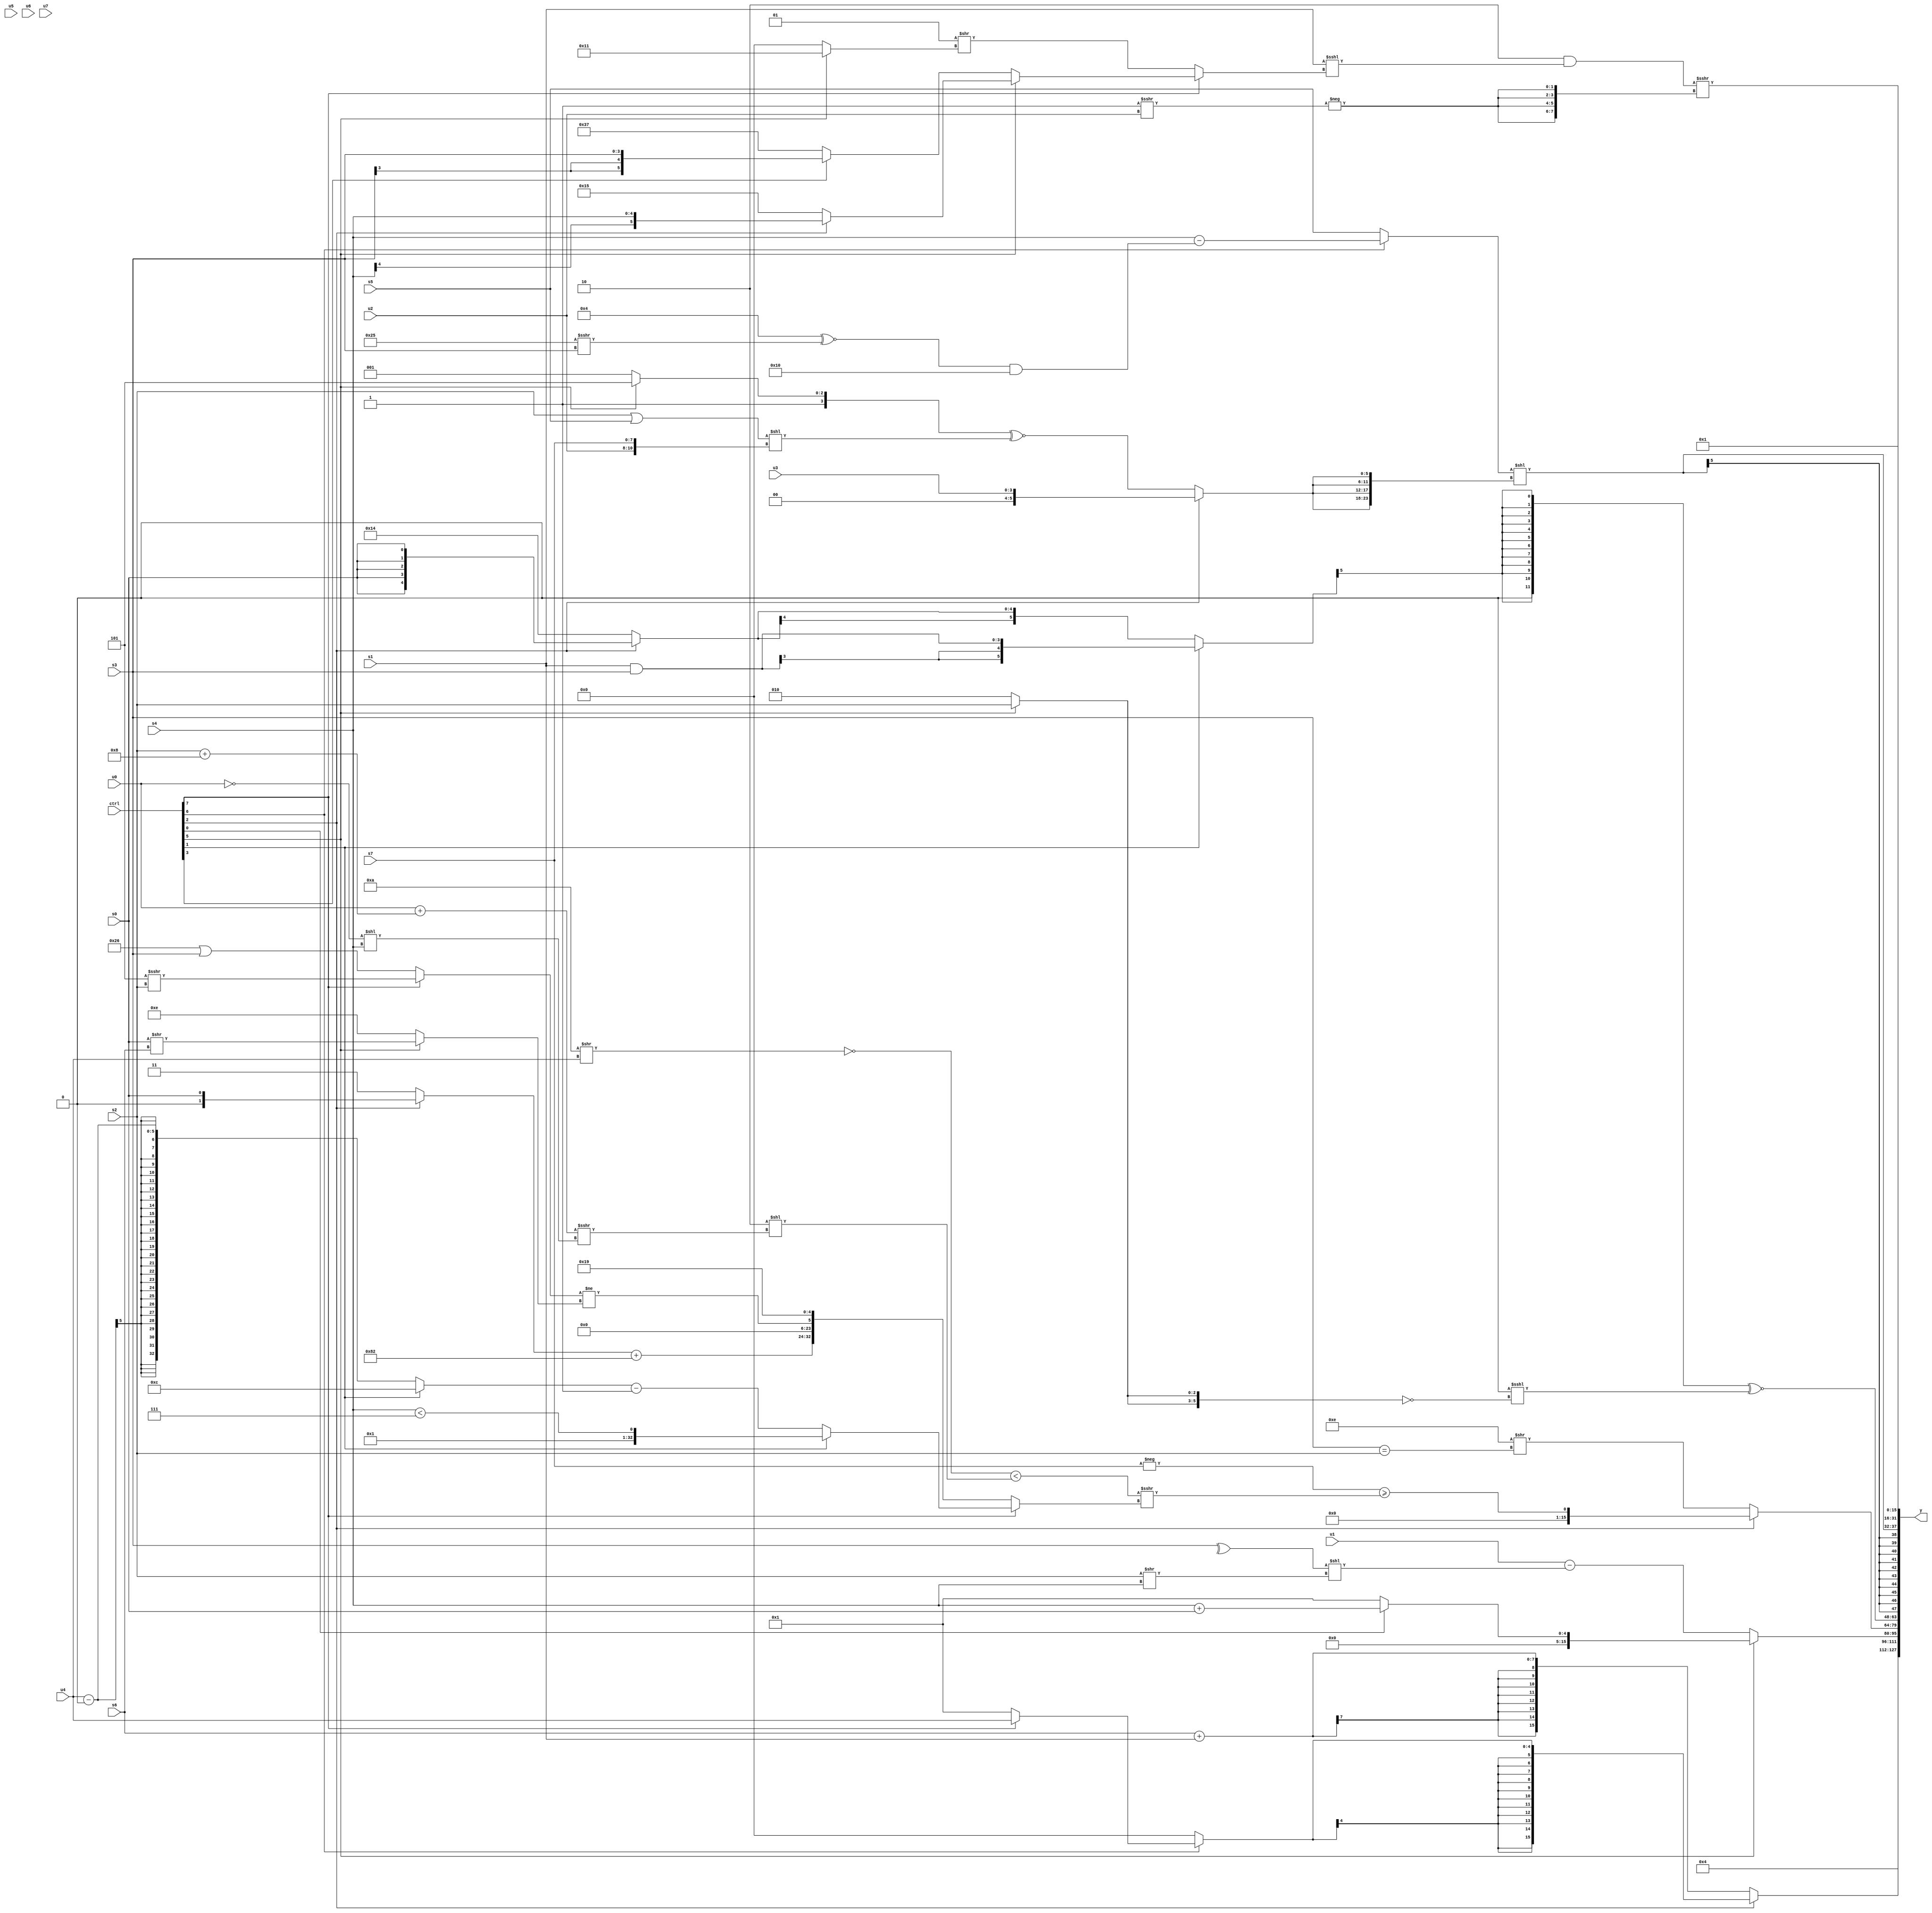
module wideexpr_00293(ctrl, u0, u1, u2, u3, u4, u5, u6, u7, s0, s1, s2, s3, s4, s5, s6, s7, y);
  input [7:0] ctrl;
  input [0:0] u0;
  input [1:0] u1;
  input [2:0] u2;
  input [3:0] u3;
  input [4:0] u4;
  input [5:0] u5;
  input [6:0] u6;
  input [7:0] u7;
  input signed [0:0] s0;
  input signed [1:0] s1;
  input signed [2:0] s2;
  input signed [3:0] s3;
  input signed [4:0] s4;
  input signed [5:0] s5;
  input signed [6:0] s6;
  input signed [7:0] s7;
  output [127:0] y;
  wire [15:0] y0;
  wire [15:0] y1;
  wire [15:0] y2;
  wire [15:0] y3;
  wire [15:0] y4;
  wire [15:0] y5;
  wire [15:0] y6;
  wire [15:0] y7;
  assign y = {y0,y1,y2,y3,y4,y5,y6,y7};
  assign y0 = 6'b000100;
  assign y1 = (ctrl[2]?$signed((ctrl[6]?(ctrl[7]?+({(ctrl[6]?u4:(2'b11)>(6'b011001))}):1'sb1):$signed(1'sb0))):(s6)+(s1));
  assign y2 = (ctrl[5]?$signed({1{$signed((ctrl[0]?(s4)+(s0):1'b1))}}):+((u1)-(((^(s3))<<((s2)>>(s4)))<<(($signed(1'sb1))<<<({3'sb010,6'sb100000})))));
  assign y3 = (ctrl[2]?(-(s7))>=((($signed((5'sb00000)==((5'sb01010)>>(+(u4)))))<((3'sb110)<<(((+(u0))+((s2)+(5'sb01000)))>>>((~|(u0))<<(s4)))))>>>((ctrl[7]?(ctrl[1]?{|(2'sb01),{1{(s4)<(3'b111)}}}:((ctrl[1]?4'b1100:(u4)-(5'b00000)))-((ctrl[1]?2'b01:$signed(3'b001)))):{((ctrl[2]?s0:2'sb11))+(-({4'sb1011,5'sb11110})),({4{(2'b01)^~(2'b10)}})&({3{(6'sb111000)^(2'sb11)}}),((ctrl[7]?(6'sb111101)>>>(s2):(6'sb100110)|(s3)))!=((ctrl[5]?(s0)>>(s6):(6'sb001101)^(3'sb011))),5'sb11001}))):($signed(-(4'sb0010)))>>($signed((s3)==(s2))));
  assign y4 = (($signed({(ctrl[1]?$signed((s1)&(s3)):(ctrl[1]?s5:(ctrl[2]?s0:5'sb10100)))}))>>({3'sb101}))^~((((ctrl[6]?$signed(+((ctrl[5]?s4:s1))):s3))<<<($signed(6'sb110100)))<<<($unsigned(~({2{(ctrl[5]?s2:(3'sb010)>>>(1'sb0))}}))));
  assign y5 = $signed(((ctrl[6]?($signed(s4))-($signed((($signed(4'sb0100))^~((6'sb100101)>>>(s3)))&(-((4'sb1000)<<(4'sb0001))))):$signed(+(s5))))<<({4{(ctrl[2]?u3:$unsigned(((ctrl[5]?(ctrl[1]?5'sb11101:3'sb101):+(4'sb1001)))^~(((s2)|(s5))<<({u2,s7}))))}}));
  assign y6 = {1{$signed($signed(3'sb001))}};
  assign y7 = ((4'sb0010)&({1{($unsigned(s1))<<<($signed((ctrl[7]?(ctrl[5]?(ctrl[2]?s4:6'sb010101):(ctrl[3]?s3:6'sb110111)):(2'sb01)>>((ctrl[5]?6'sb010001:2'sb00)))))}}))>>>({4{-((2'sb11)>>>(u2))}});
endmodule